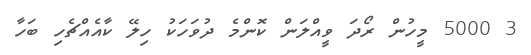
3 5000 މީހުން ރޯދަ ވީއްލަން ކޮންމެ ދުވަހަކު ހިލޭ ކާއެއްޗެހި ބަހާ